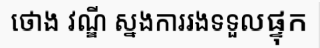
ថោង វណ្ឌី ស្នងការរងទទួលផ្ទុក